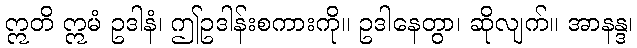
ဣတိ ဣမံ ဥဒါနံ၊ ဤဥဒါန်းစကားကို။ ဥဒါနေတွာ၊ ဆိုလျက်။ အာနန္ဒ၊